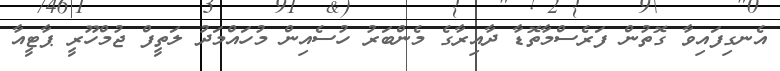
އެނގިފައިވާ ގޮތުން ފަރެސްމާތޮޑާ ދާއިރާގެ މެންބަރު ހުސެއިން މުހައްމަދު ލަތީފް ޖުމްހޫރީ ޕާޓީއާ